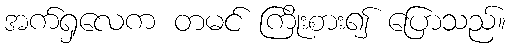
အက်ရှလေက တမင် ကြိုးစား၍ ပြောသည်။